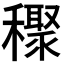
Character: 𥣙